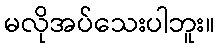
မလိုအပ်သေးပါဘူး။